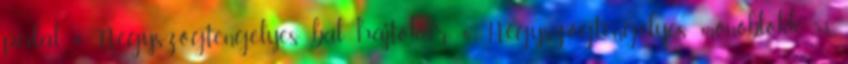
pedál 4 Négyszögtengelyes bal hajtókar 6 Négyszögtengelyes monoblokk 53